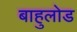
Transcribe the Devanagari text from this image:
बाहुलोड